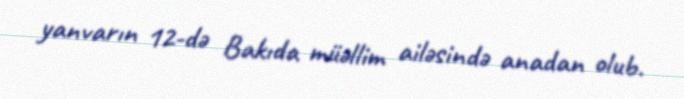
yanvarın 12-də Bakıda müəllim ailəsində anadan olub.